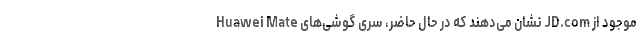
موجود از JD.com نشان می‌دهند که در حال حاضر، سری گوشی‌های Huawei Mate